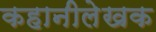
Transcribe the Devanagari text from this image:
कहानीलेखक